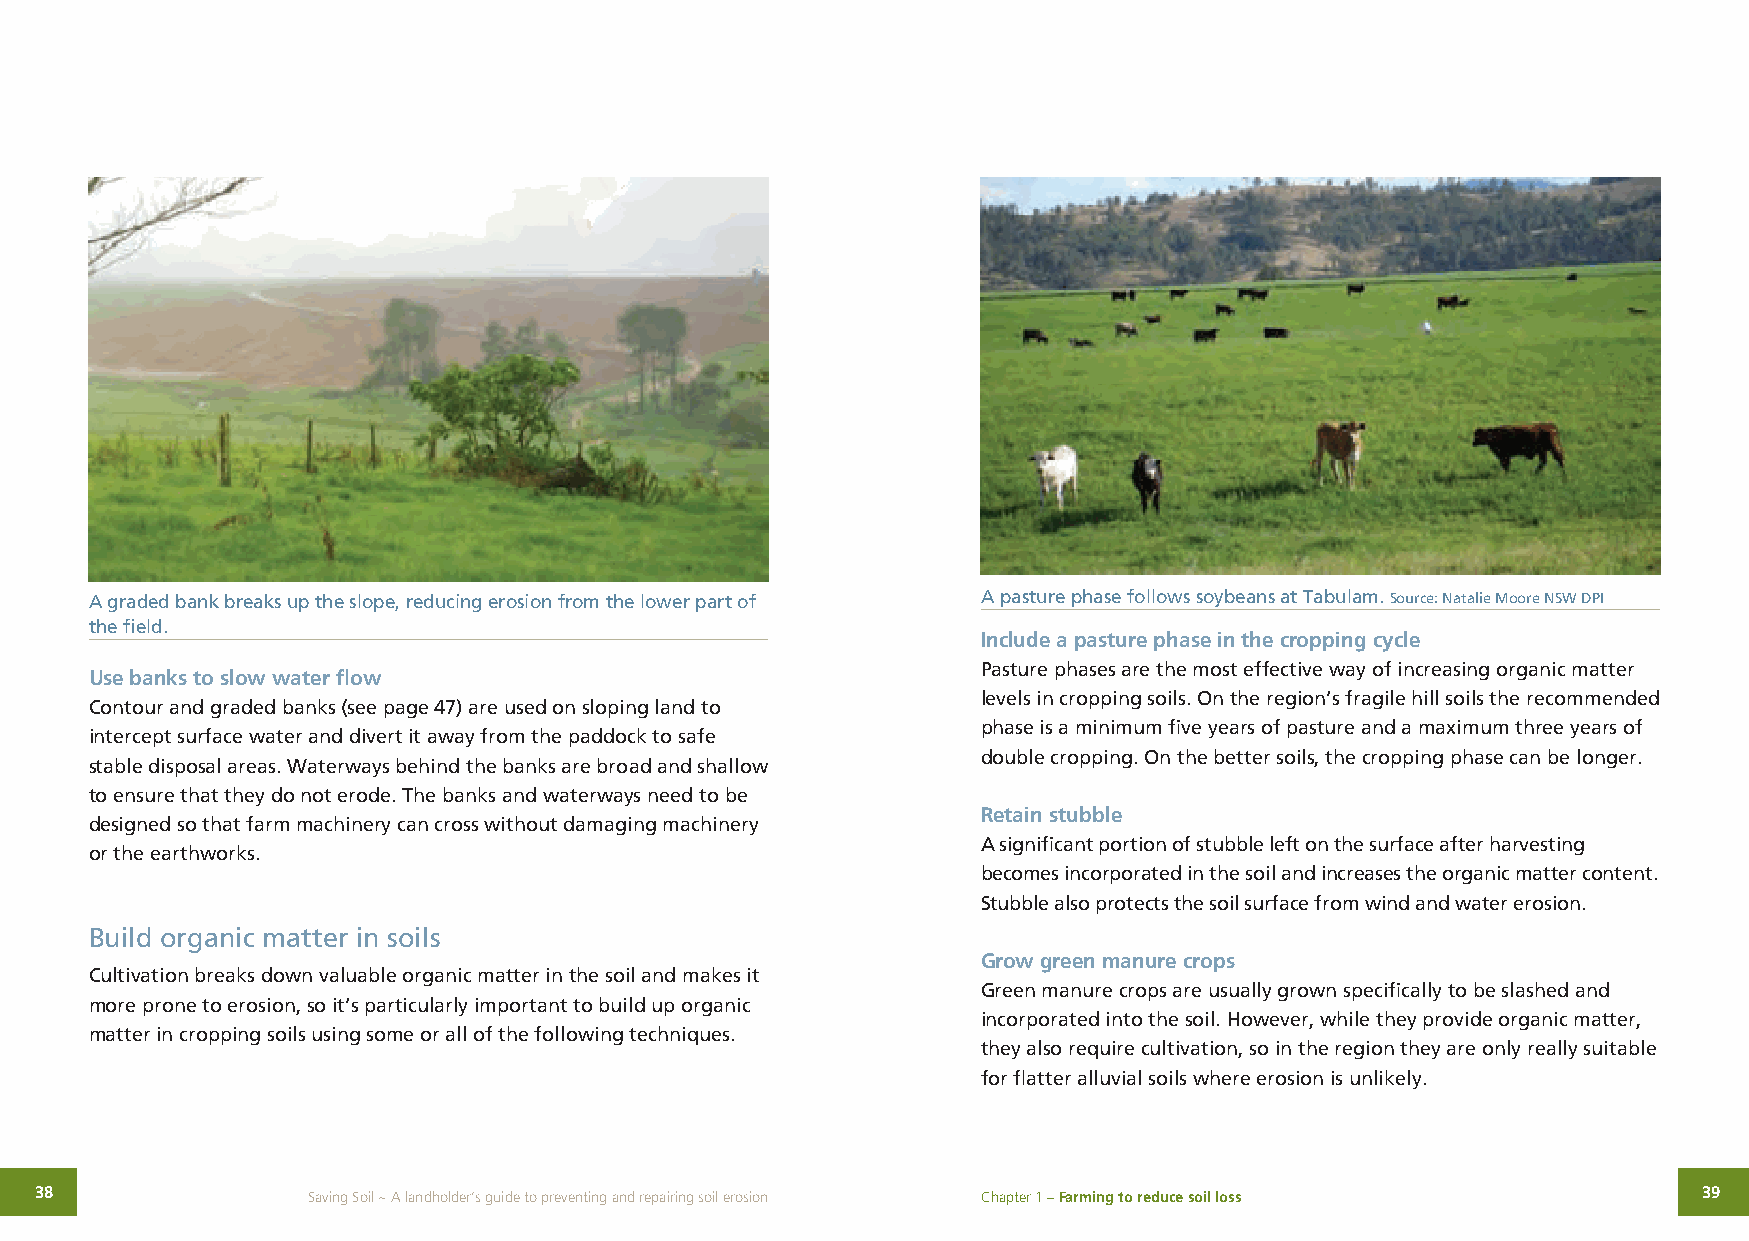
A graded bank breaks up the slope, reducing erosion from the lower part of A pasture phase follows soybeans at Tabulam. Source: Natalie Moore NSW DPI
 the field.
 Include a pasture phase in the cropping cycle
 Pasture phases are the most effective way of increasing organic matter
 Use banks to slow water flow
 levels in cropping soils. On the region’s fragile hill soils the recommended
 Contour and graded banks (see page 47) are used on sloping land to
 phase is a minimum five years of pasture and a maximum three years of
 intercept surface water and divert it away from the paddock to safe
 double cropping. On the better soils, the cropping phase can be longer.
 stable disposal areas. Waterways behind the banks are broad and shallow
 to ensure that they do not erode. The banks and waterways need to be
 Retain stubble
 designed so that farm machinery can cross without damaging machinery
 A significant portion of stubble left on the surface after harvesting
 or the earthworks.
 becomes incorporated in the soil and increases the organic matter content.
 Stubble also protects the soil surface from wind and water erosion.
 Build organic matter in soils
 Grow green manure crops
 Cultivation breaks down valuable organic matter in the soil and makes it
 Green manure crops are usually grown specifically to be slashed and
 more prone to erosion, so it’s particularly important to build up organic
 incorporated into the soil. However, while they provide organic matter,
 matter in cropping soils using some or all of the following techniques.
 they also require cultivation, so in the region they are only really suitable
 for flatter alluvial soils where erosion is unlikely.
 38                Saving Soil ~ A landholder’s guide to preventing and repairing soil erosion Chapter 1 – Farming to reduce soil loss 39